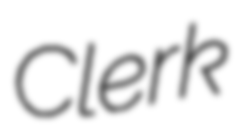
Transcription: Clerk